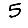
Digit: 5